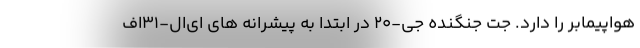
هواپیمابر را دارد. جت جنگنده جی-20 در ابتدا به پیشرانه های ای‌ال-31اف